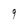
Character: g